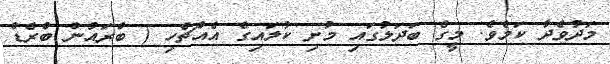
މަދުވެދާ ކަމެވެ. މީގެ ބަދަލުގައި މުށި ކުލައިގެ އެއްޗެހި ( ބްރައުން ބްރެޑް